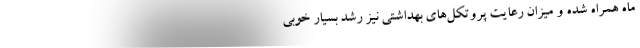
ماه همراه شده و میزان رعایت پروتکل‌های بهداشتی نیز رشد بسیار خوبی